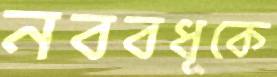
নববধূকে